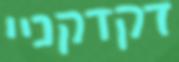
דקדקניי